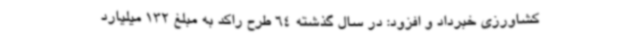
کشاورزی خبرداد و ‌افزود: در سال گذشته 64 طرح راکد به مبلغ 132 میلیارد